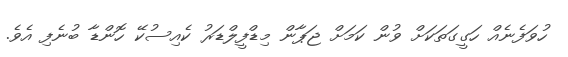
ހުވަފެނެއް ހަގީގަތަކަށް ވުން ކަމަށް ޖަޕާން މިޑްފީލްޑަރު ކެއިސުކޭ ހޮންޑާ ބުނެފި އެވެ.